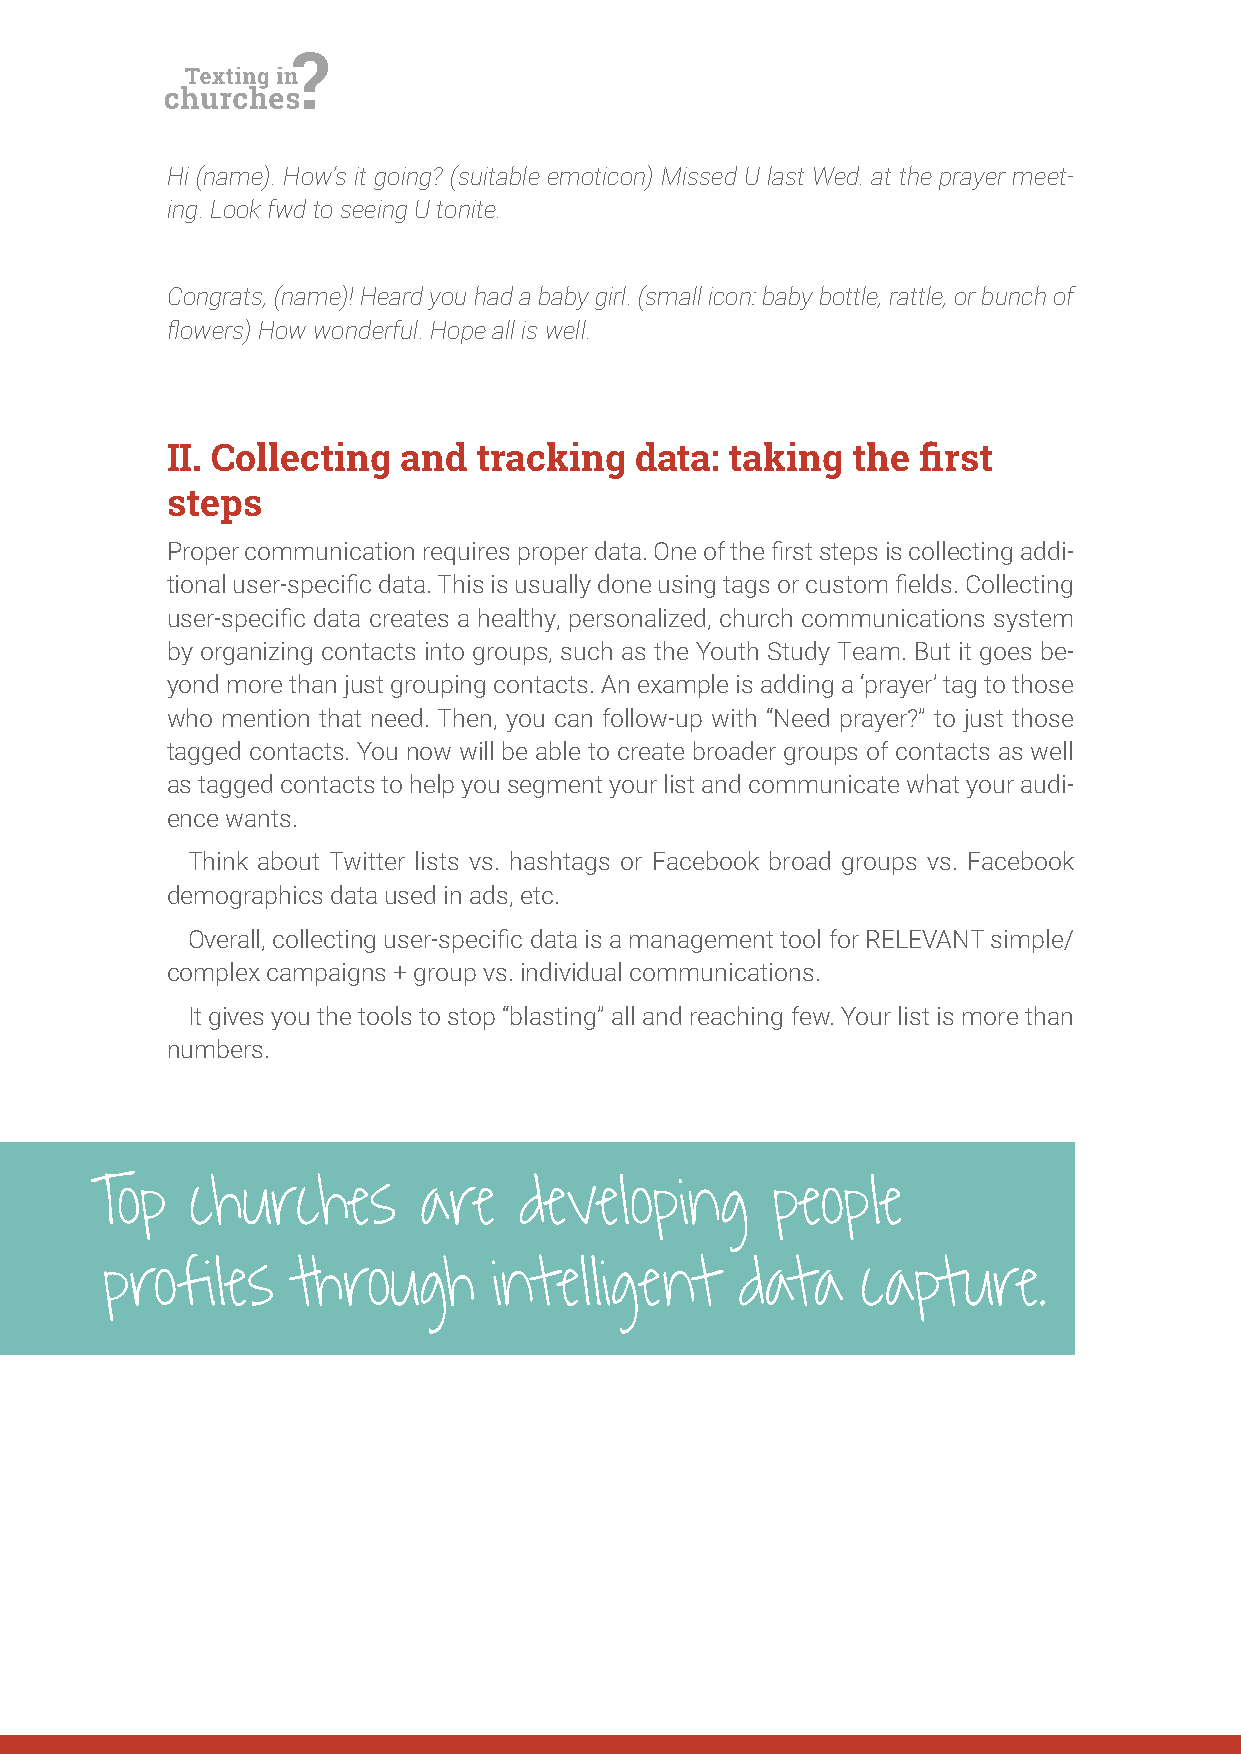
Hi (name). How’s it going? (suitable emoticon) Missed U last Wed. at the prayer meet-
 ing. Look fwd to seeing U tonite.
 Congrats, (name)! Heard you had a baby girl. (small icon: baby bottle, rattle, or bunch of
 lowers) How wonderful. Hope all is well.
 II. Collecting  and  tracking  data: taking  the  irst
 steps
 Proper communication requires proper data. One of the irst steps is collecting addi-
 tional user-speciic data. This is usually done using tags or custom ields. Collecting
 user-speciic data creates a healthy, personalized, church communications system
 by organizing contacts into groups, such as the Youth Study Team. But it goes be-
 yond more than just grouping contacts. An example is adding a ‘prayer’ tag to those
 who mention that need. Then, you can follow-up with “Need prayer?” to just those
 tagged contacts. You now will be able to create broader groups of contacts as well
 as tagged contacts to help you segment your list and communicate what your audi-
 ence wants.
 Think about Twitter lists vs. hashtags or Facebook broad groups vs. Facebook
 demographics data used in ads, etc.
 Overall, collecting user-speciic data is a management tool for RELEVANT simple/
 complex campaigns + group vs. individual communications.
 It gives you the tools to stop “blasting” all and reaching few. Your list is more than
 numbers.
 Top    churches       are   developing       people
 profiles    through       intelligent     data    capture.